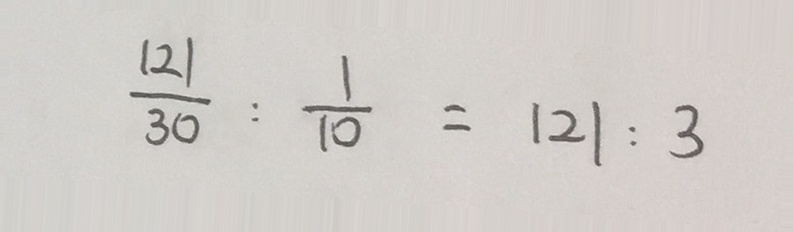
\frac { 1 2 1 } { 3 0 } : \frac { 1 } { 1 0 } = 1 2 1 : 3